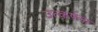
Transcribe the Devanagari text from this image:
उत्कर्षला